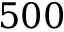
5 0 0